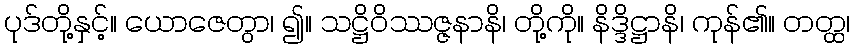
ပုဒ်တို့နှင့်။ ယောဇေတွာ၊ ၍။ သဋ္ဌိဝိဿဇ္ဇနာနိ၊ တို့ကို။ နိဒ္ဒိဋ္ဌာနိ၊ ကုန်၏။ တတ္ထ၊